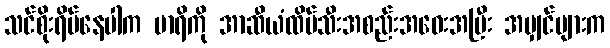
သင်စိုးရိမ်နေပါက မာရိကို အာဆီယံထိပ်သီးအစည်းအဝေးအပြီး အမျှင်များက